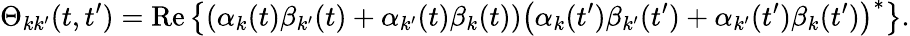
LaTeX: \Theta_{kk^{\prime}}(t,t^{\prime})=\mathrm{Re}\left\{ \left(\alpha_{k}(t)\beta_{k^{\prime}}(t)+\alpha_{k^{\prime}}(t)\beta_{k}(t)\right)\left(\alpha_{k}(t^{\prime})\beta_{k^{\prime}}(t^{\prime})+\alpha_{k^{\prime}}(t^{\prime})\beta_{k}(t^{\prime})\right)^{*}\right\} .